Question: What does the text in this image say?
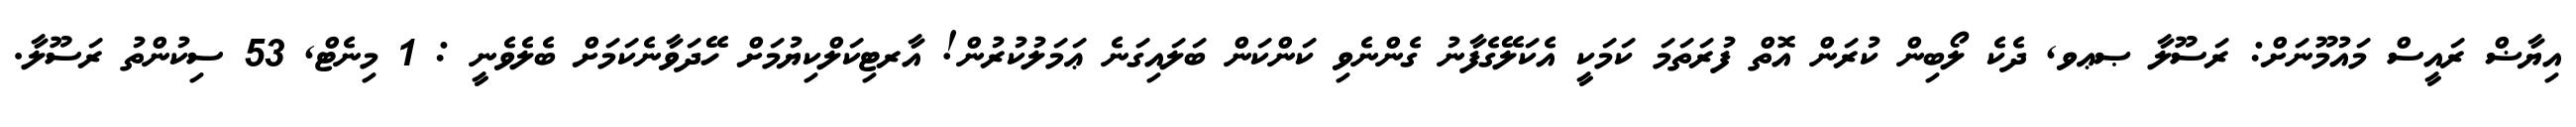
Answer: އިޔާޟް ރައީސް މައުމޫނަށް: ރަސޫލާ ޞޢވ, ދެކެ ލޯބިން ކުރަން އޮތް ފުރަތަމަ ކަމަކީ އެކަލޭގެފާނު ގެންނެވި ކަންކަން ބަލައިގަނެ ޢަމަލުކުރުން! އާރޓިކަލްކިޔުމަށް ހޭދަވާނެކަމަށް ބެލެވެނީ : 1 މިނެޓް, 53 ސިކުންތު ރަސޫލާ.